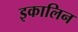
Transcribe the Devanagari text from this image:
इकालिन